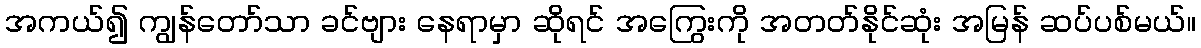
အကယ်၍ ကျွန်တော်သာ ခင်ဗျား နေရာမှာ ဆိုရင် အကြွေးကို အတတ်နိုင်ဆုံး အမြန် ဆပ်ပစ်မယ်။